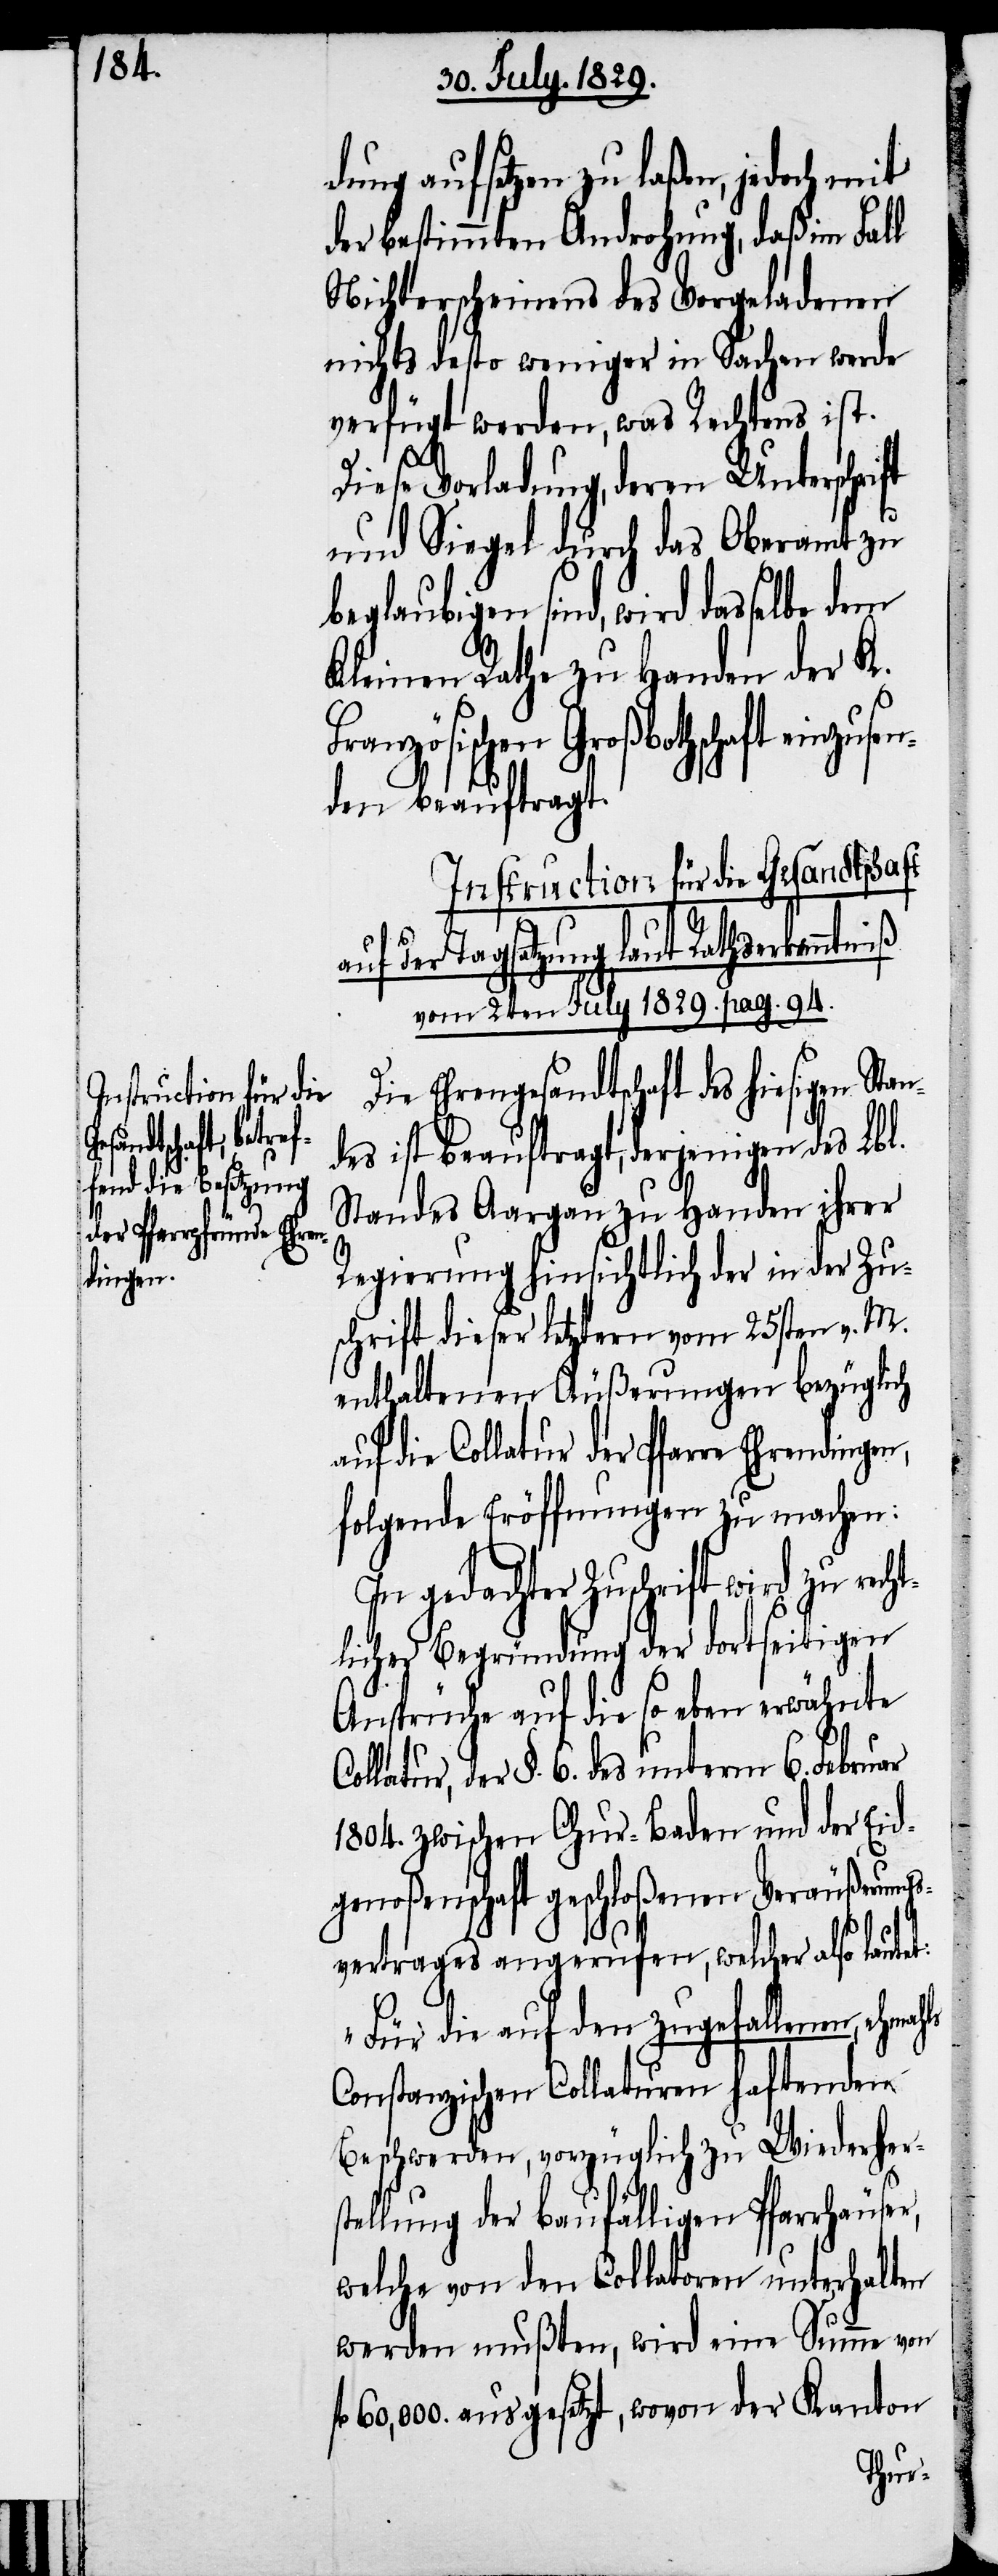
dung aufsetzen zu laßen, jedoch mit
der bestimmten Androhung, daß im Fall
Nichterscheinens der Vorgeladene
nichts desto weniger in Sachen werde
verfügt werden, was Rechtens ist.
Diese Vorladung, deren Unterschrift
und Siegel durch das Oberamt zu
beglaubigen sind, wird dasselbe dem
Kleinen Rathe zu Handen der K.
Großbothschaft einzusen¬
den beauftragt.
Instruction für die Gesandtschaft
hls
auf der Tagsatzung, laut Rathserkenntniß
vom 2ten July 1829. pag. 94.
Die Ehrengesandtschaft des hiesigen Stan¬
des ist beauftragt, derjenigen des Lbl.
Standes Aargau zu Handen ihrer
Regierung hinsichtlich der in der Zu¬
schrift dieser letztern vom 25sten v. M.
enthaltenen Äußerungen bezüglich
auf die Collatur der Pfarre Ehrendingen,
folgende Eröffnungen zu machen:
In gedachter Zuschrift wird zu recht¬
licher Begründung der dortseitigen
Ansprüche auf die so eben erwähnte
ollatur, der §. 6. des unterm 6. Februar
1804. zwischen Chur-Baden und der Eid¬
genoßenschaft geschloßenen Veräußerungs¬
vertrages angerufen, welcher also laute¬
„Für die auf den zugefallenen, ehema¬
Constanzischen Collaturen haftenden
Beschwerden, vorzüglich zu Wiederhers¬
tellung der baufälligen Pfarrhäuser,
welche von den Collatoren unterhalten
werden mußten, wird eine Summe von
fl. 60,000. ausgesetzt, wovon der Kanton